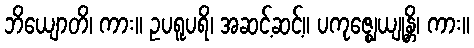
ဘိယျောတိ၊ ကား။ ဥပရူပရိ၊ အဆင့်ဆင့်။ ပကုဇ္ဈေယျုန္တိ၊ ကား။